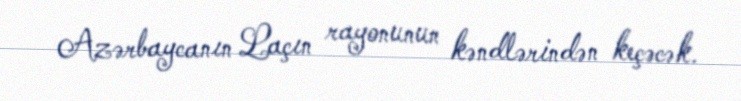
Azərbaycanın Laçın rayonunun kəndlərindən keçəcək.